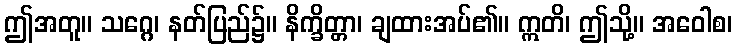
ဤအတူ။ သဂ္ဂေ၊ နတ်ပြည်၌။ နိက္ခိတ္တာ၊ ချထားအပ်၏။ ဣတိ၊ ဤသို့။ အဝေါစ၊